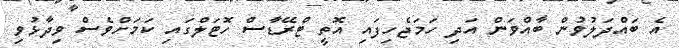
އެ ބައްދަލުވުން ބާއްވަން އަދި ހަމަޖެހިފައި އޮތީ ޓްރޭޑާސް ހޮޓަލްގައި ކަމަށްވެސް ވިދާޅުވި